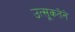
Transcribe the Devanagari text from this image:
उत्सूकतेने